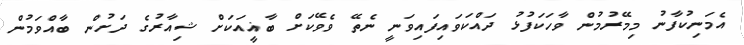
އެމަނިކުފާނު މިމޭރުމުން ވާހަކަފުޅު ދައްކަވައިފައިވަނީ ނެތޭ ވެވޭކަށް ބާޣީއަަކަށް ޝިއާރުގެ ދަށުން ބާއްވަމުން